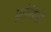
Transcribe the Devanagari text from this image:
युसेबियो